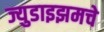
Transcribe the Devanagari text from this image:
ज्युडाइझमचे